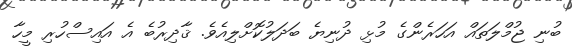
ބުނި ޖުމްލަތައް އަހަރެންގެ މުޅި ދުނިޔެ ބަދަލުކޮށްލިއެވެ. ޤާދިރުބެ އެ އައިސްހުރި މީހާ